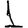
Digit: 1